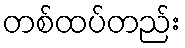
တစ်ထပ်တည်း